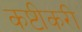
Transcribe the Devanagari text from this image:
कष्टीकरी